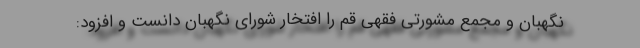
نگهبان و مجمع مشورتی فقهی قم را افتخار شورای نگهبان دانست و افزود: